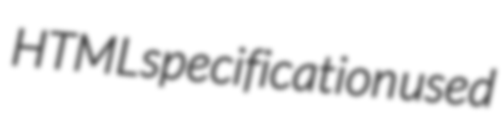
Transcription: HTML specification used